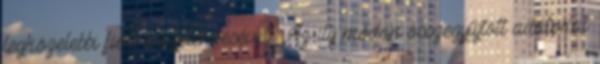
legközelebbi fiók megjelenítésével . Az ily módon összegyűjtött adatokat